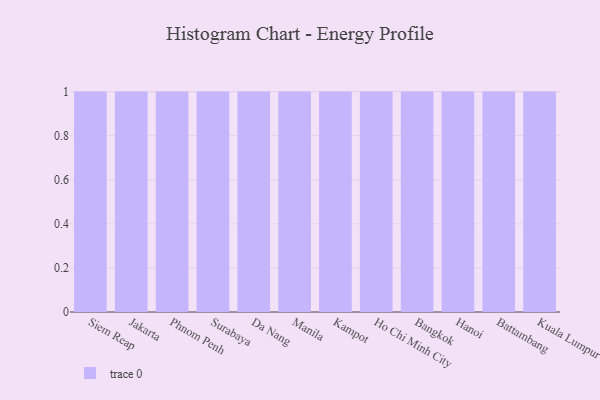
{"axis": {"x": "City", "y": "Latency (ms)"}, "legend": [""], "data": [{"x": "Siem Reap", "y": 37, "type": ""}, {"x": "Jakarta", "y": 16, "type": ""}, {"x": "Phnom Penh", "y": 23, "type": ""}, {"x": "Surabaya", "y": 88, "type": ""}, {"x": "Da Nang", "y": 36, "type": ""}, {"x": "Manila", "y": 57, "type": ""}, {"x": "Kampot", "y": 35, "type": ""}, {"x": "Ho Chi Minh City", "y": 32, "type": ""}, {"x": "Bangkok", "y": 20, "type": ""}, {"x": "Hanoi", "y": 24, "type": ""}, {"x": "Battambang", "y": 39, "type": ""}, {"x": "Kuala Lumpur", "y": 91, "type": ""}]}